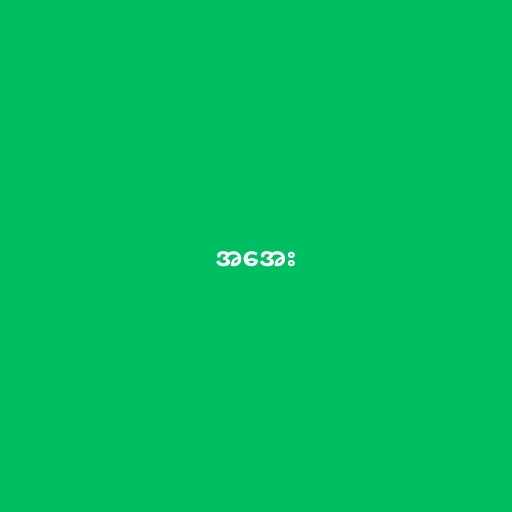
အအေး